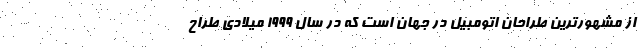
از مشهورترین طراحان اتومبیل در جهان است که در سال 1999 میلادی طراح